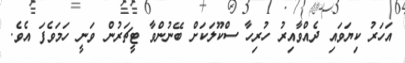
އަހަރު ކިޔަވައި ދެއްވާއިރު ހުރިހާ ސްކޫލަކަށް ބޭނުންވާ ޓީޗަރުން ވަނީ ހަމަވެފަ އެވެ.